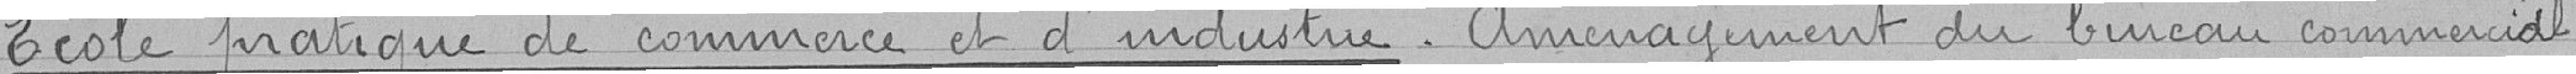
Ecole pratique de commerce et d'industrie. Aménagement du bureau commercial